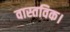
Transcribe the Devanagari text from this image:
वास्तविक।